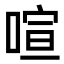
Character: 喧